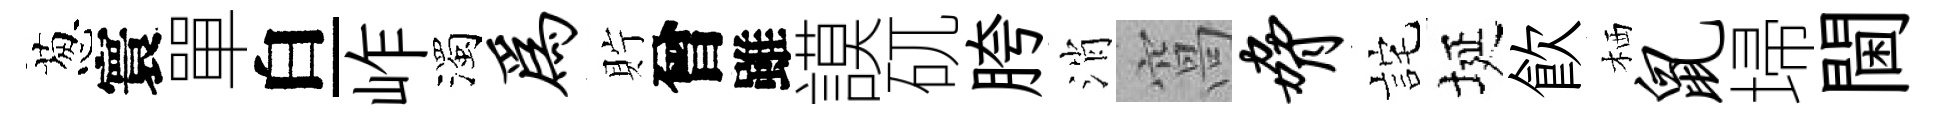
葱寰單白岞濁为貯曾雖謨矹胯消窩胁詫埏飮栖鼠埽閫